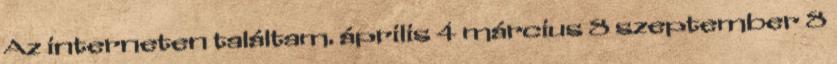
Az interneten találtam. április 4 március 8 szeptember 8